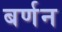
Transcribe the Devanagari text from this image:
बर्णन